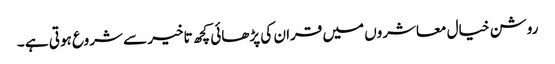
روشن خیال معاشروں میں قران کی پڑھائی کچھ تاخیر سے شروع ہوتی ہے ۔